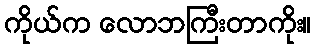
ကိုယ်က လောဘကြီးတာကိုး။